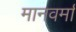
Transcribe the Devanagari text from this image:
मानवर्मा